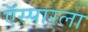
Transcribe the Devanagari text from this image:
ऍस्पारला